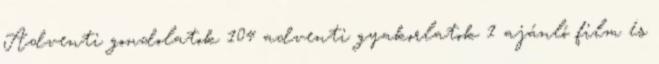
Adventi gondolatok 104 adventi gyakorlatok 1 ajánló film és